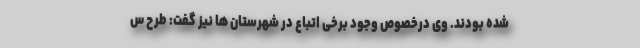
شده بودند. وی درخصوص وجود برخی اتباع در شهرستان ها نیز گفت: طرح س